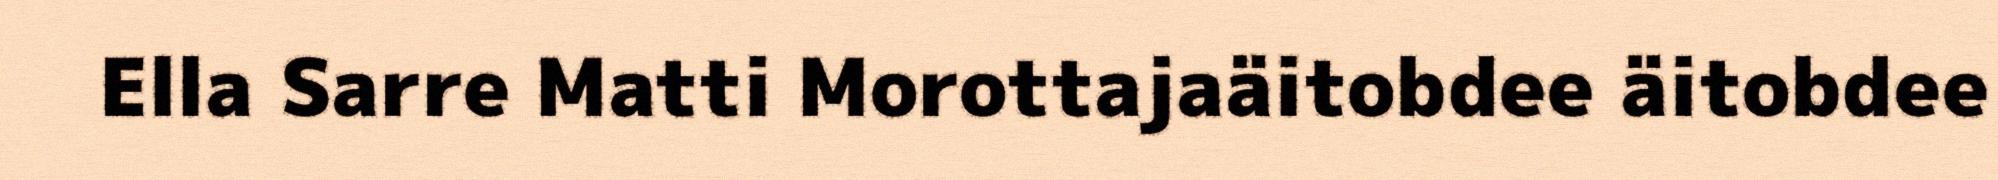
Ella Sarre Matti Morottajaäitobdee äitobdee